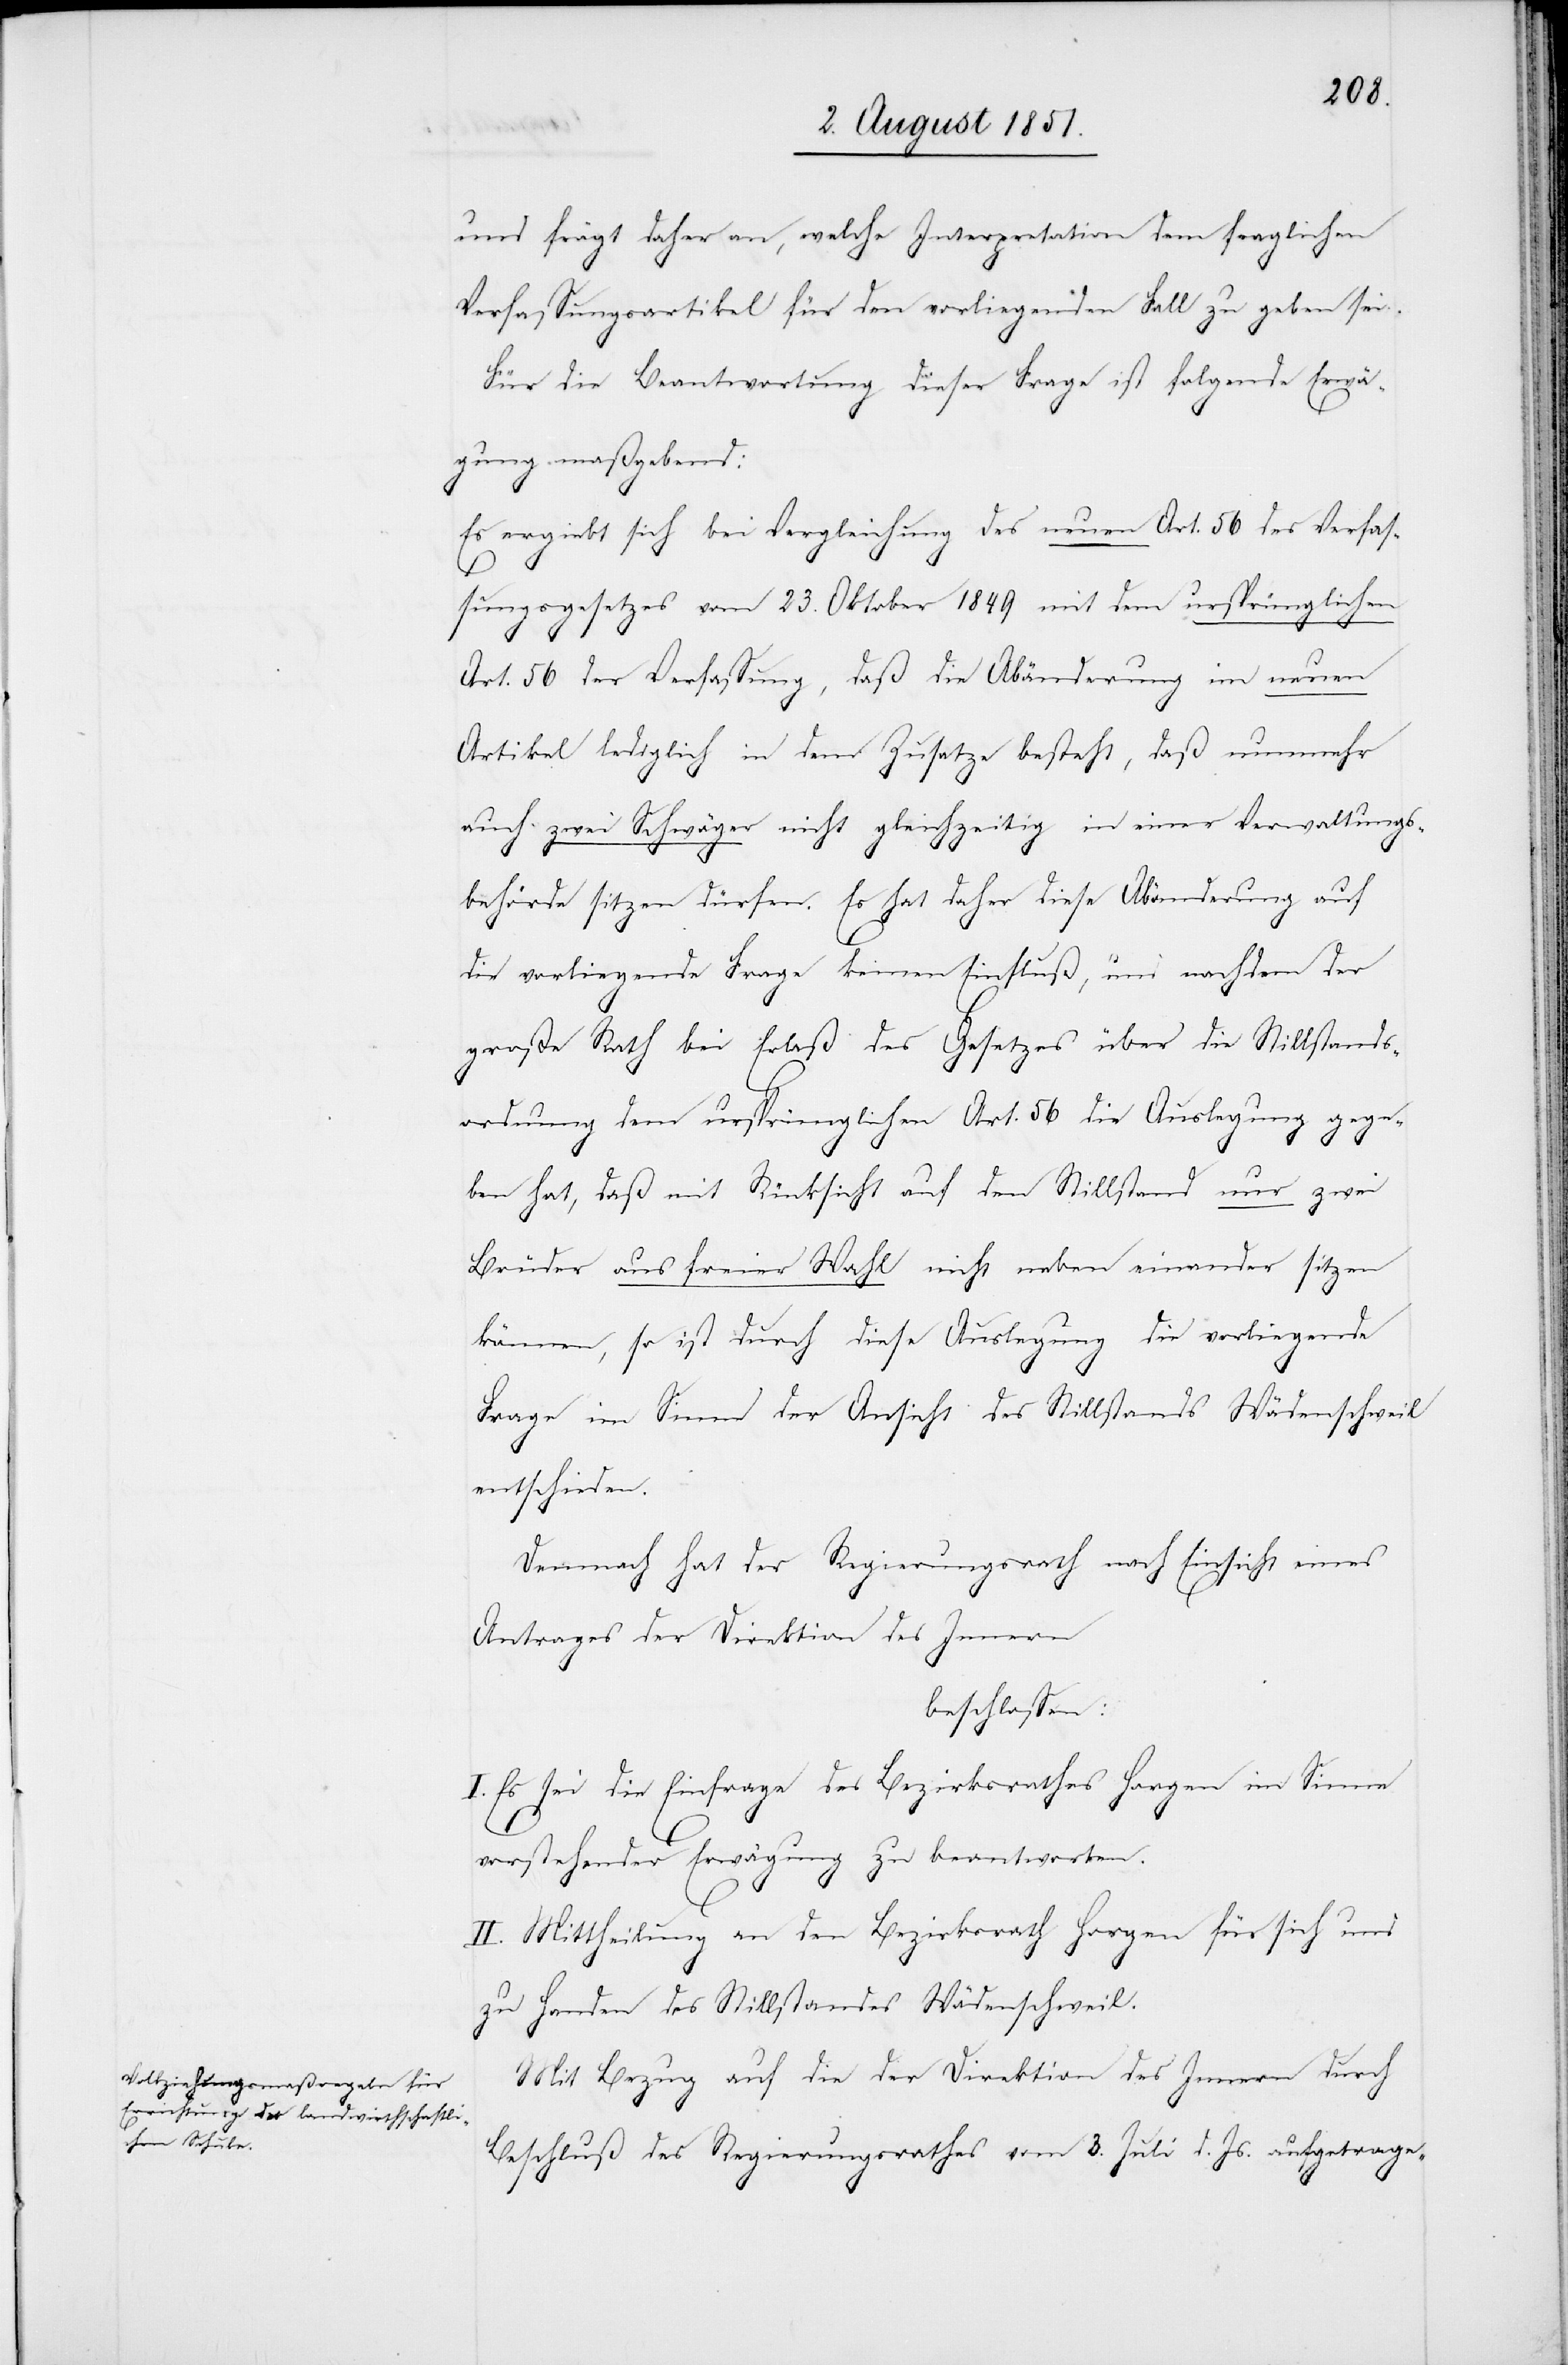
und frägt daher an, welche Interpretation dem fraglichen
Verfassungsartikel für den vorliegenden Fall zu geben sei.
Für die Beantwortung dieser Frage ist folgende Erwä¬
gung maßgebend:
Es ergiebt sich bei Vergleichung des neuen Art. 56 des Verfas¬
sungsgesetzes vom 23. Oktober 1849 mit dem ursprünglichen
Art. 56 der Verfassung, daß die Abänderung im neuen
Artikel lediglich in dem Zusatze besteht, daß nunmehr
auch zwei Schwäger nicht gleichzeitig in einer Verwaltungs¬
behörde sitzen dürfen. Es hat daher diese Abänderung auf
die vorliegende Frage keinen Einfluß, und nachdem der
große Rath bei Erlaß des Gesetzes über die Stillstands¬
ordnung dem ursprünglichen Art. 56 die Auslegung gege¬
ben hat, daß mit Rücksicht auf den Stillstand nur zwei
Brüder aus freier Wahl nicht neben einander sitzen
können, so ist durch diese Auslegung die vorliegende
Frage im Sinne der Ansicht des Stillstands Wädenschweil
entschieden.
Demnach hat der Regierungsrath nach Einsicht eines
Antrages der Direktion des Innern
beschlossen:
I. Es sei die Einfrage des Bezirksrathes Horgen im Sinne
vorstehender Erwägung zu beantworten.
II. Mittheilung an den Bezirksrath Horgen für sich und
zu Handen des Stillstandes Wädenschweil.
Mit Bezug auf die der Direktion des Innern durch
Beschluß des Regierungsrathes vom 3. Juli d. Js. aufgetrage-